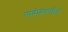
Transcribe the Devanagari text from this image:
पादोदकतीर्थ